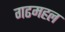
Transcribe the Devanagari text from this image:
गढमहल